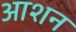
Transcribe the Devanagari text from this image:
आशन